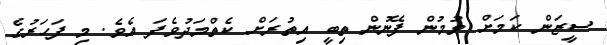
ސީޒަން ކަމަށް ވުމުން ފޭނުން ތިބީ އިތުރަށް ކެތްމަދުވެފަ އެވެ. މި ފަހަރުގެ